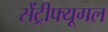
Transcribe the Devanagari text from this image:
सेंट्रीफ्यूगल